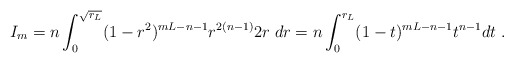
\begin{align*} I_m&= n \int_0^{\sqrt{r_L}}(1-r^2)^{mL-n-1}r^{2(n-1)} 2r\; dr =n \int_0^{r_L} (1-t)^{mL-n-1} t^{n-1} dt \ .\end{align*}